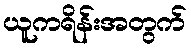
ယူကရိန်းအတွက်